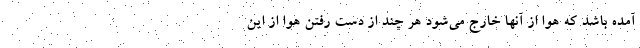
آمده باشد که هوا از آنها خارج می‌شود هر چند از دست رفتن هوا از این